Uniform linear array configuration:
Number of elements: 4
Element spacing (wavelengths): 0.75
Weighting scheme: hann
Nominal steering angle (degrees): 45
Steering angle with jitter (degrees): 45.106
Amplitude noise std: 0.05
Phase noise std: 0.05

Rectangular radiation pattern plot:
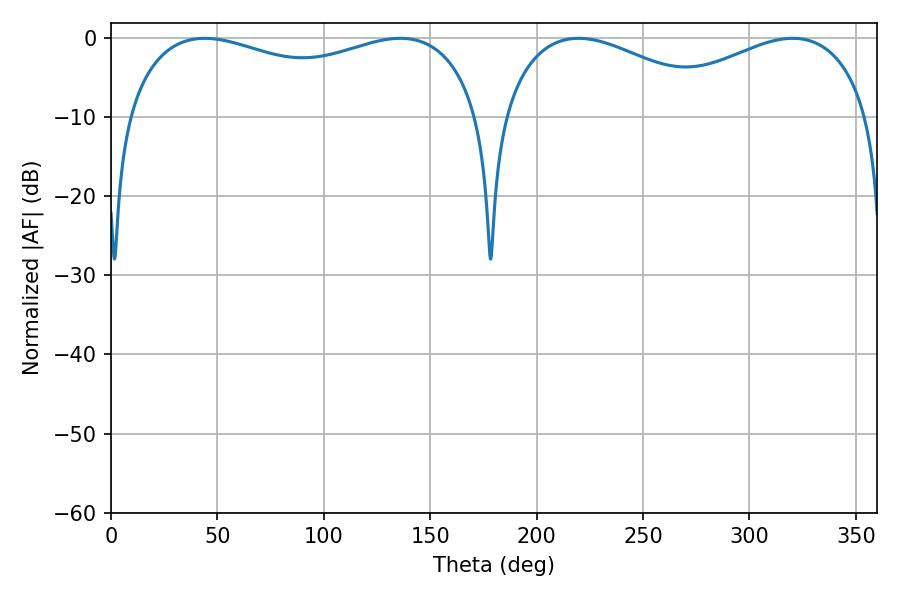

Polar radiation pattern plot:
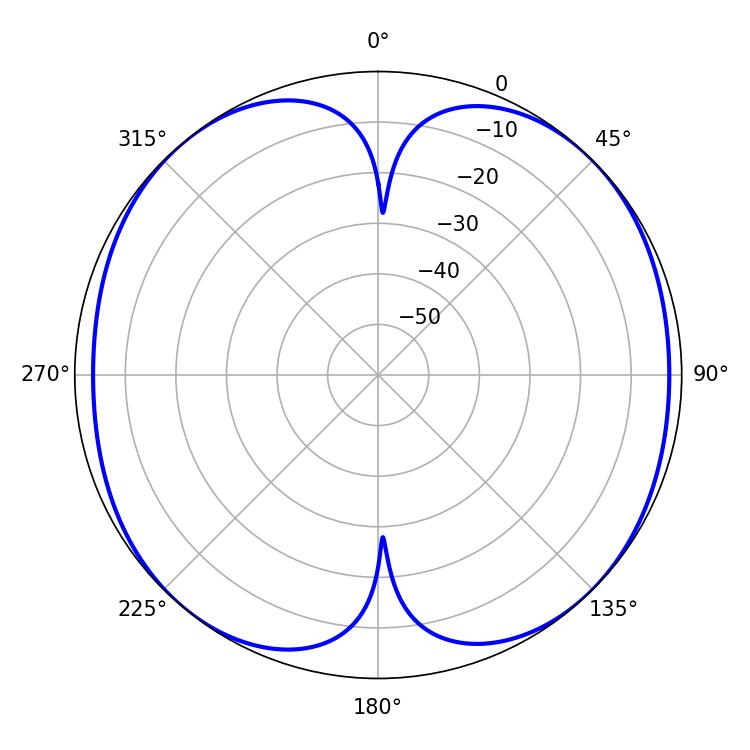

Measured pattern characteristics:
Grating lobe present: TRUE
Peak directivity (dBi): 12.283
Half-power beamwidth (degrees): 58.5
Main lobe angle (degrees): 219.6